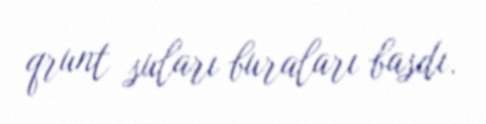
qrunt suları buraları basdı.